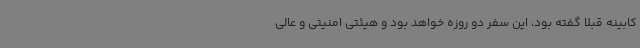
کابینه قبلا گفته بود، این سفر دو روزه خواهد بود و هیئتی امنیتی و عالی